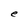
Character: e